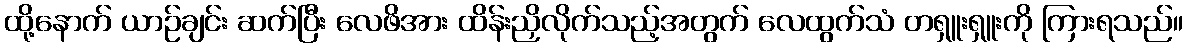
ထို့နောက် ယာဉ်ချင်း ဆက်ပြီး လေဖိအား ထိန်းညှိလိုက်သည့်အတွက် လေထွက်သံ တရှူးရှူးကို ကြားရသည်။